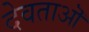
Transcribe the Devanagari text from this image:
देवताऒ